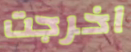
اخرجت